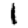
Digit: 1